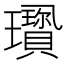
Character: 𤫋